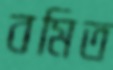
বমিত